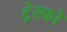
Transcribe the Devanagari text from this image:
ट्रेस्को